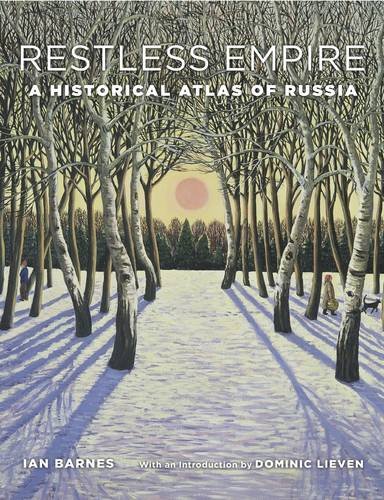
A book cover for Restless Empire: A Historical Atlas of Russia; Ian Barnes; Science & Math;